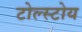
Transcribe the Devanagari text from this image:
टोल्स्टोय